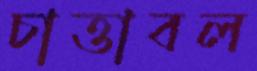
চাত্তাবল